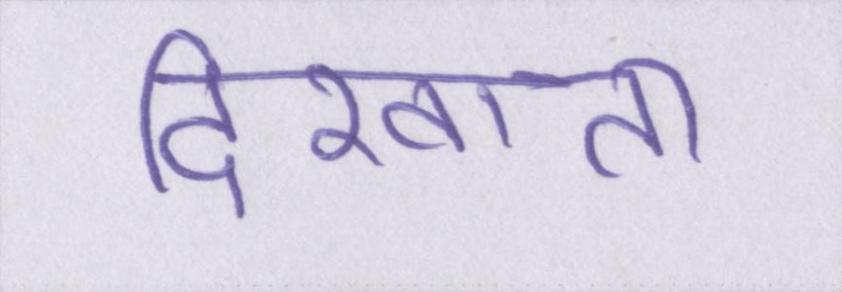
दिखाता